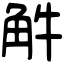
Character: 𧣈